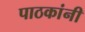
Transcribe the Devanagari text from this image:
पाठकांनी